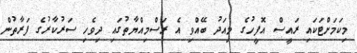
މިކަމަށްޓަކައި ރައީސް އޮފީހުގެ މިއަދު ބޭއްވި އެ ރަސްމިއްޔާތުގައި ދިވެހި ސަރުކާރުގެ ފަރާތުން